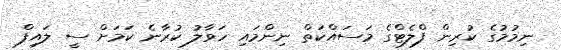
ނިމުމުގެ ކުރިން ފްލެޓްގެ މަސައްކަތް ނިންމައި ހަވާލު ކުރާނެ ކަމަށް ސީ ލައިފް